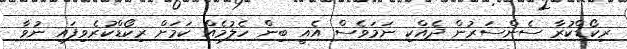
ރިކޯޑްކުރާ ސެންސަރުން ދެއްކި ނަމަވެސް އެއީ ބިން ހެލުމެއް ކަމަށް ރިކޯޑްކުރެވިފައި ނުވާ